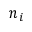
n _ { i }